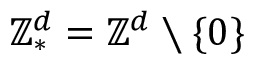
\ensuremath { \mathbb { Z } ^ { d } } _ { * } = \ensuremath { \mathbb { Z } ^ { d } } \setminus \{ 0 \}